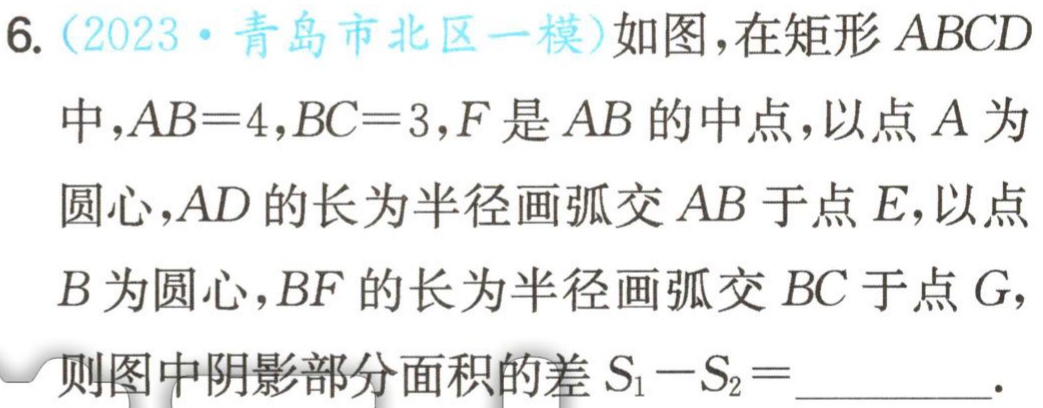
6.（2023·青岛市北区一模）如图，在矩形 \(ABCD\) 中，\(AB = 4\)，\(BC = 3\)，\(F\) 是 \(AB\) 的中点，以点 \(A\) 为圆心，\(AD\) 的长为半径画弧交 \(AB\) 于点 \(E\)，以点 \(B\) 为圆心，\(BF\) 的长为半径画弧交 \(BC\) 于点 \(G\)，则图中阴影部分面积的差 \(S_{1}-S_{2}=\)_________.